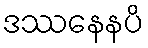
ဒဿနေနပိ